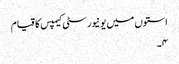
استوں میں یونیورسٹی کیمپس کا قیام
۴۔